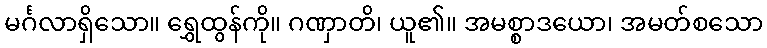
မင်္ဂလာရှိသော။ ရွှေထွန်ကို။ ဂဏှာတိ၊ ယူ၏။ အမစ္စာဒယော၊ အမတ်စသော